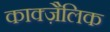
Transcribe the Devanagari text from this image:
काक्ज़ैलिक